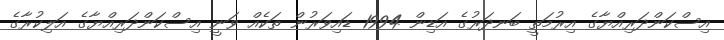
އިސްކަންދަރިއްޔާގެ އިރުމަތީ ބަނދަރުގެ އަޑިން 1994 ޑައިވަރުން ތަކެއް ވަނީ އިސްކަންދަރިއްޔާގެ އަލިކުރާގެ